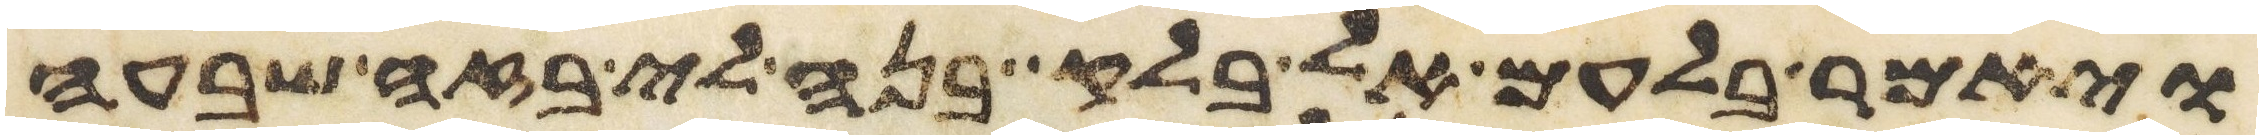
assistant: ויאמר בלעם אל בלק בנה לי בזה שבעה